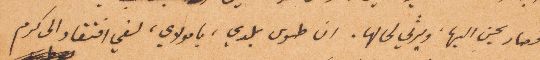
فصار يحنّ اليها ويرثي لي لها. ان طوى بلدي ، يا مولاي، لفي افتقاد الى كرم